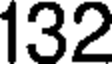
132